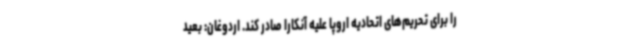
را برای تحریم‌های اتحادیه اروپا علیه آنکارا صادر کند. اردوغان: بعید